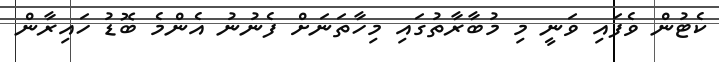
ކެޓުން ވެފައި ވަނީ މި މުބާރާތުގައި މިހާތަނަށް ފެނުނު އެންމެ ބޮޑު ހައިރާން